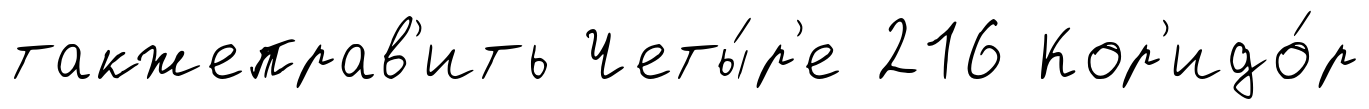
такжеправ'ить Четы́р'е 216 Кор'идо́р